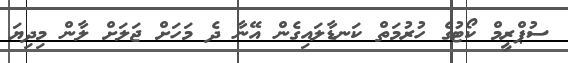
ސުޕްރީމް ކޯޓުގެ ހުރުމަތް ކަނޑާލައިގެން އޭނާ ދެ މަހަށް ޖަލަށް ލާން މިދިޔަ